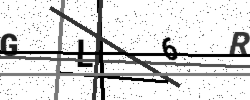
Text: GL6R